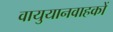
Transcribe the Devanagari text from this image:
वायुयानवाहकों